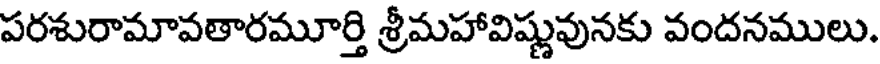
పరశురామావతారమూర్తి శ్రీమహావిష్ణువునకు వందనములు.